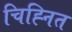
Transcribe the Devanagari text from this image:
चिह्‍नित